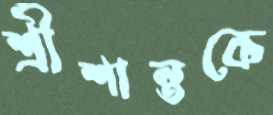
শ্রীশান্তকে